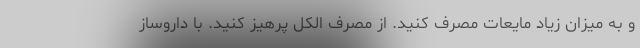
و به میزان زیاد مایعات مصرف کنید. از مصرف الکل پرهیز کنید. با داروساز